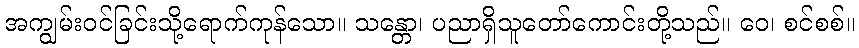
အကျွမ်းဝင်ခြင်းသို့ရောက်ကုန်သော။ သန္တော၊ ပညာရှိသူတော်ကောင်းတို့သည်။ ဝေ၊ စင်စစ်။